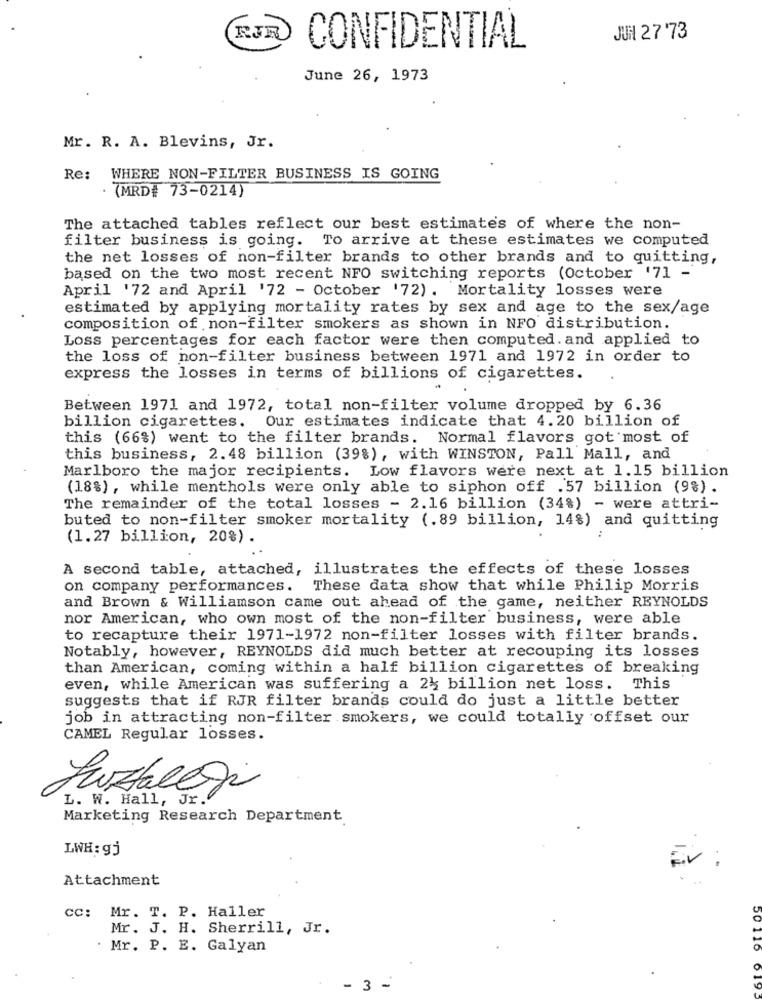
(RJR
JUN 27 '73
CONFIDENTIAL
June 26, 1973
Mr. R. A. Blevins, Jr.
Re: WHERE NON-FILTER BUSINESS IS GOING
. (MRD# 73-0214)
The attached tables reflect our best estimates of where the non-
filter business is going. To arrive at these estimates we computed
the net losses of non-filter brands to other brands and to quitting,
based on the two most recent NFO switching reports (October '71 -
April '72 and April '72 - October '72). Mortality losses were
estimated by applying mortality rates by sex and age to the sex/age
composition of non-filter smokers as shown in NFO distribution.
Loss percentages for each factor were then computed. and applied to
the loss of non-filter business between 1971 and 1972 in order to
express the losses in terms of billions of cigarettes.
Between 1971 and 1972, total non-filter volume dropped by 6.36
billion cigarettes. Our estimates indicate that 4.20 billion of
this (66%) went to the filter brands. Normal flavors got most of
this business, 2.48 billion (39%), with WINSTON, Pall Mall, and
Marlboro the major recipients. Low flavors were next at 1.15 billion
(18%), while menthols were only able to siphon off .57 billion (9%) .
The remainder of the total losses - 2.16 billion (34%) - were attri-
buted to non-filter smoker mortality (.89 billion, 14%) and quitting
(1.27 billion, 20%).
A second table, attached, illustrates the effects of these losses
on company performances. These data show that while Philip Morris
and Brown & Williamson came out ahead of the game, neither REYNOLDS
nor American, who own most of the non-filter business, were able
to recapture their 1971-1972 non-filter losses with filter brands.
Notably, however, REYNOLDS did much better at recouping its losses
than American, coming within a half billion cigarettes of breaking
even, while American was suffering a 24 billion net loss. This
suggests that if RJR filter brands could do just a little better
job in attracting non-filter smokers, we could totally offset our
CAMEL Regular losses.
L. W. Hall, Jr .
Marketing Research Department
LWH : gj
Attachment
cc: Mr. T. P. Haller
Mr. J. H. Sherrill, Jr.
. Mr. P. E. Galyan
- 3 -
019